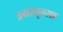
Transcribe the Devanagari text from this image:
त्रयस्तृन्सा